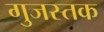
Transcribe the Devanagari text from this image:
गुजस्तक